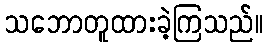
သဘောတူထားခဲ့ကြသည်။